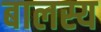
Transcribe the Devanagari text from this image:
बालस्य